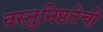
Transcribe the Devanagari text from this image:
वस्तुनिष्ठतेची